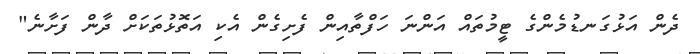
ދެން އަޅުގަނޑުމެންގެ ޓީމުތައް އަންނަ ހަފްތާއިން ފެށިގެން އެކި އަތޮޅުތަކަށް ދާން ފަށާނެ"